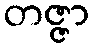
တဇ္ဇာ